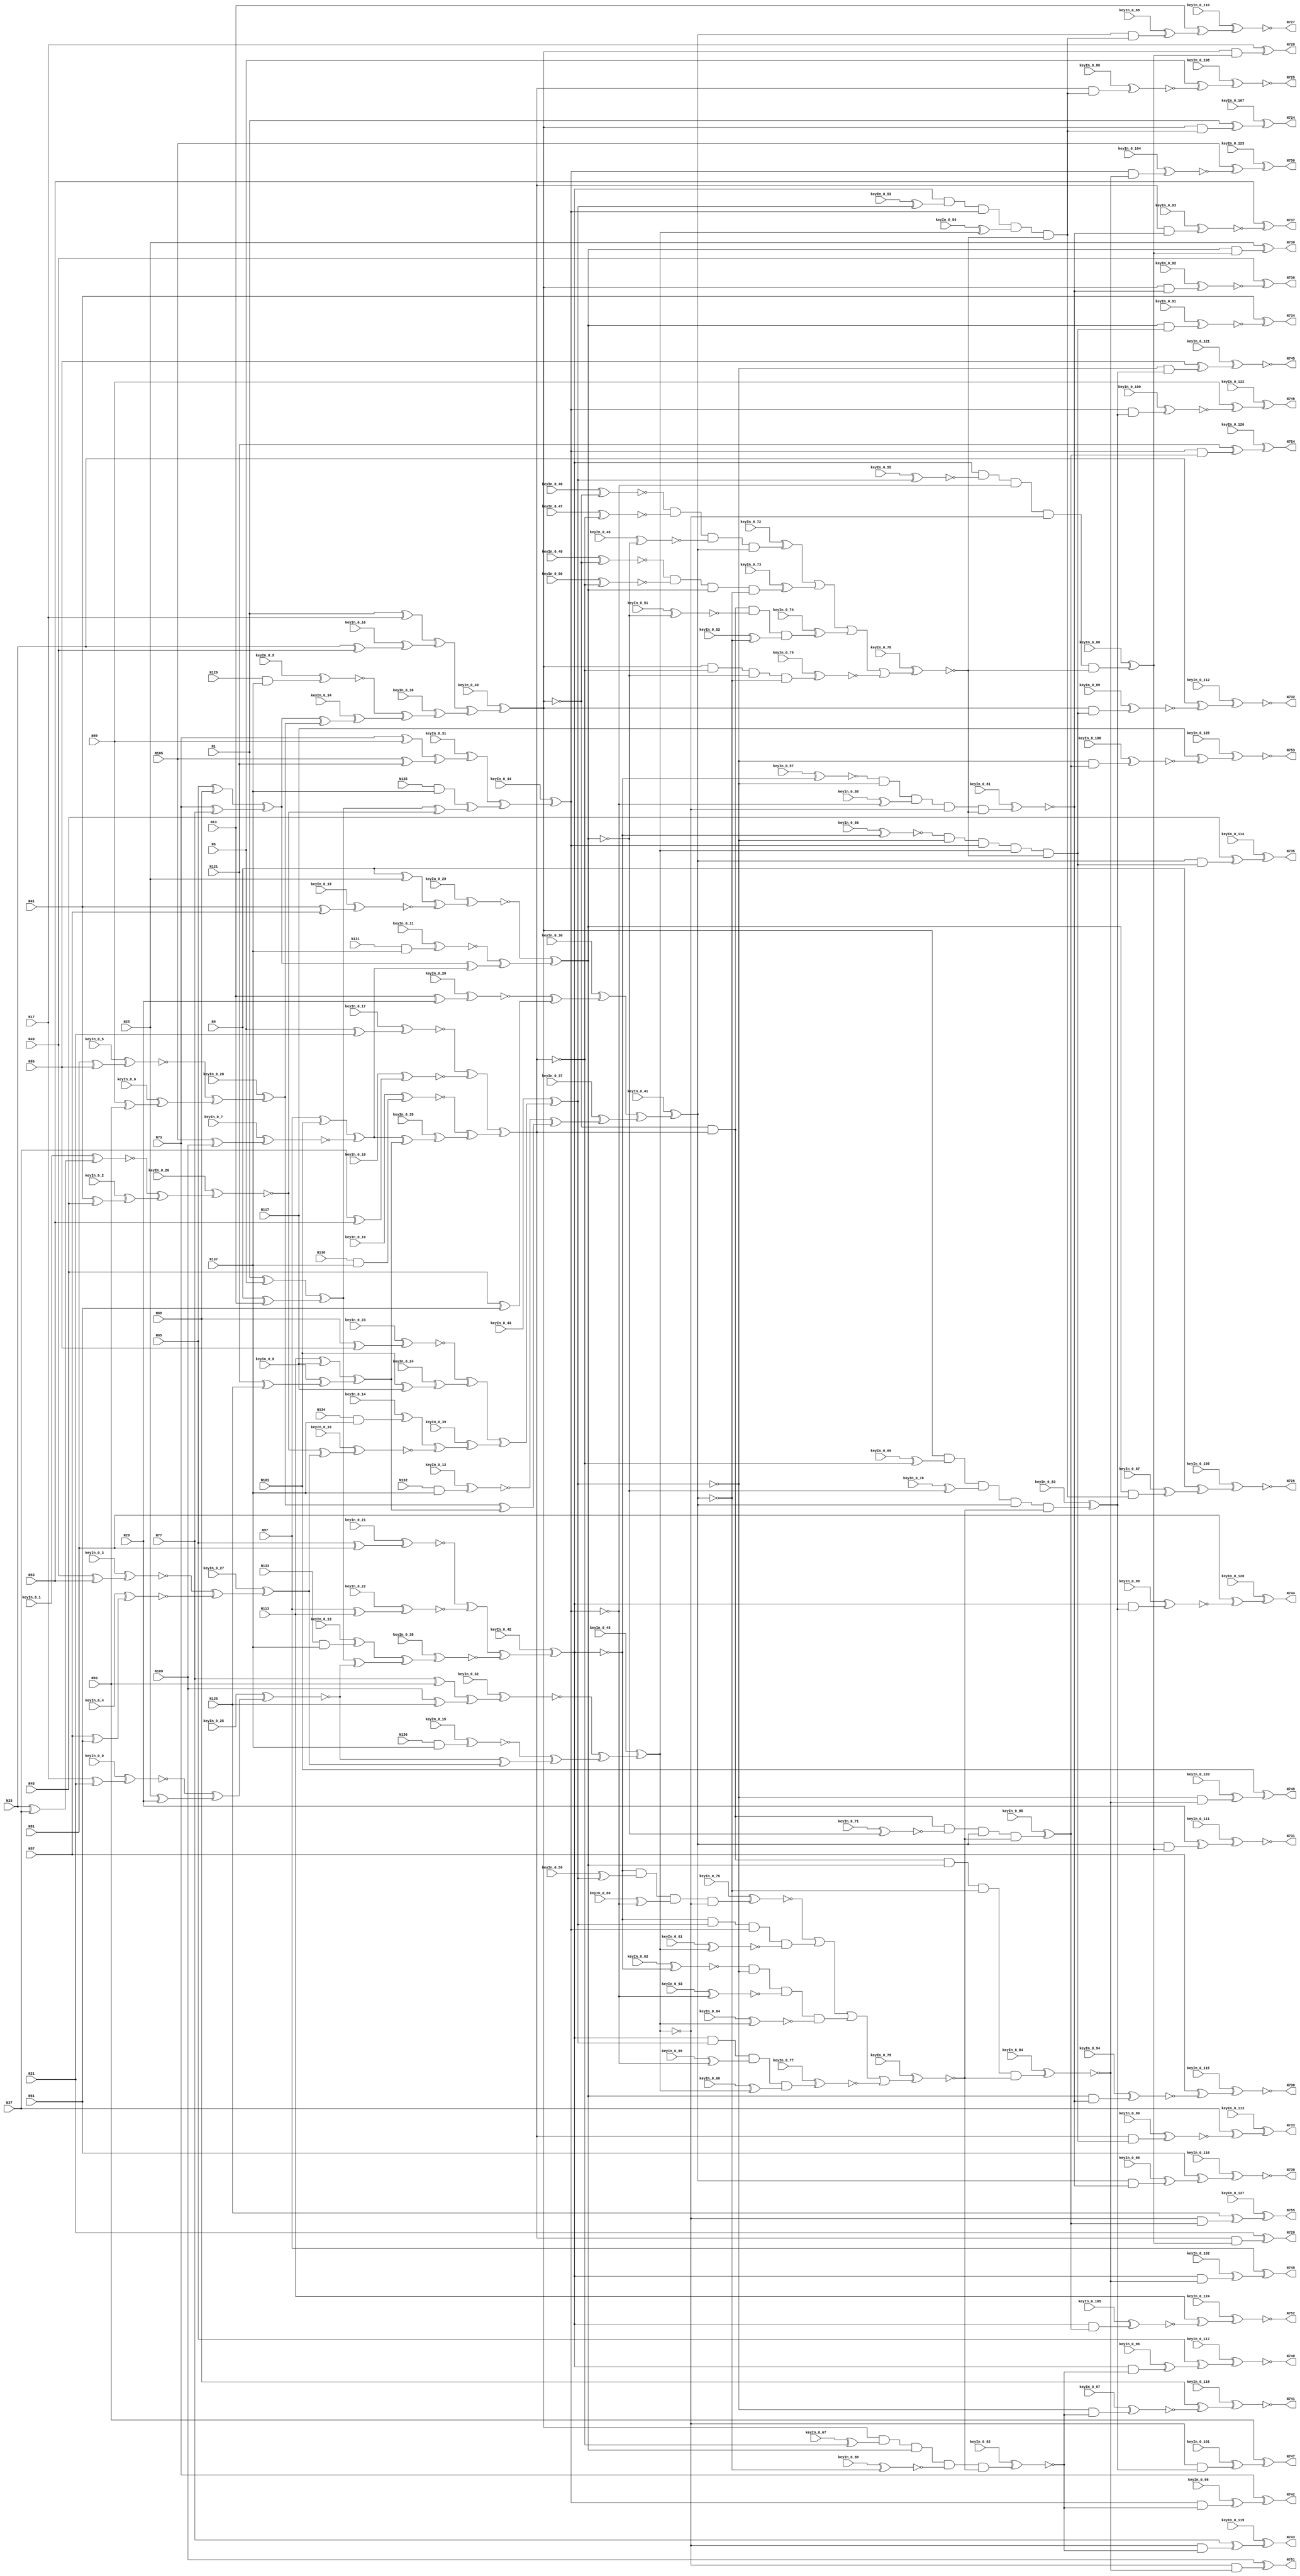
`timescale 1ns / 1ps
// Verilog
// c499
// Ninputs 41
// Noutputs 32
// NtotalGates 202
// XOR2 104
// AND2 40
// NOT1 40
// AND4 8
// OR4 2
// AND5 8

module top (N1,N5,N9,N13,N17,N21,N25,N29,N33,N37,
             N41,N45,N49,N53,N57,N61,N65,N69,N73,N77,
             N81,N85,N89,N93,N97,N101,N105,N109,N113,N117,
             N121,N125,N129,N130,N131,N132,N133,N134,N135,N136,
             N137,N724,N725,N726,N727,N728,N729,N730,N731,N732,
             N733,N734,N735,N736,N737,N738,N739,N740,N741,N742,
             N743,N744,N745,N746,N747,N748,N749,N750,N751,N752,
                  N753,N754,N755,
        keyIn_0_0, keyIn_0_1, keyIn_0_2, keyIn_0_3, keyIn_0_4,
        keyIn_0_5, keyIn_0_6, keyIn_0_7, keyIn_0_8, keyIn_0_9,
        keyIn_0_10, keyIn_0_11, keyIn_0_12, keyIn_0_13, keyIn_0_14,
        keyIn_0_15, keyIn_0_16, keyIn_0_17, keyIn_0_18, keyIn_0_19,
        keyIn_0_20, keyIn_0_21, keyIn_0_22, keyIn_0_23, keyIn_0_24,
        keyIn_0_25, keyIn_0_26, keyIn_0_27, keyIn_0_28, keyIn_0_29,
        keyIn_0_30, keyIn_0_31, keyIn_0_32, keyIn_0_33, keyIn_0_34,
        keyIn_0_35, keyIn_0_36, keyIn_0_37, keyIn_0_38, keyIn_0_39,
        keyIn_0_40, keyIn_0_41, keyIn_0_42, keyIn_0_43, keyIn_0_44,
        keyIn_0_45, keyIn_0_46, keyIn_0_47, keyIn_0_48, keyIn_0_49,
        keyIn_0_50, keyIn_0_51, keyIn_0_52, keyIn_0_53, keyIn_0_54,
        keyIn_0_55, keyIn_0_56, keyIn_0_57, keyIn_0_58, keyIn_0_59,
        keyIn_0_60, keyIn_0_61, keyIn_0_62, keyIn_0_63, keyIn_0_64,
        keyIn_0_65, keyIn_0_66, keyIn_0_67, keyIn_0_68, keyIn_0_69,
        keyIn_0_70, keyIn_0_71, keyIn_0_72, keyIn_0_73, keyIn_0_74,
        keyIn_0_75, keyIn_0_76, keyIn_0_77, keyIn_0_78, keyIn_0_79,
        keyIn_0_80, keyIn_0_81, keyIn_0_82, keyIn_0_83, keyIn_0_84,
        keyIn_0_85, keyIn_0_86, keyIn_0_87, keyIn_0_88, keyIn_0_89,
        keyIn_0_90, keyIn_0_91, keyIn_0_92, keyIn_0_93, keyIn_0_94,
        keyIn_0_95, keyIn_0_96, keyIn_0_97, keyIn_0_98, keyIn_0_99,
        keyIn_0_100, keyIn_0_101, keyIn_0_102, keyIn_0_103, keyIn_0_104,
        keyIn_0_105, keyIn_0_106, keyIn_0_107, keyIn_0_108, keyIn_0_109,
        keyIn_0_110, keyIn_0_111, keyIn_0_112, keyIn_0_113, keyIn_0_114,
        keyIn_0_115, keyIn_0_116, keyIn_0_117, keyIn_0_118, keyIn_0_119,
        keyIn_0_120, keyIn_0_121, keyIn_0_122, keyIn_0_123, keyIn_0_124,
        keyIn_0_125, keyIn_0_126, keyIn_0_127);

  input keyIn_0_0, keyIn_0_1, keyIn_0_2, keyIn_0_3, keyIn_0_4;
  input keyIn_0_5, keyIn_0_6, keyIn_0_7, keyIn_0_8, keyIn_0_9;
  input keyIn_0_10, keyIn_0_11, keyIn_0_12, keyIn_0_13, keyIn_0_14;
  input keyIn_0_15, keyIn_0_16, keyIn_0_17, keyIn_0_18, keyIn_0_19;
  input keyIn_0_20, keyIn_0_21, keyIn_0_22, keyIn_0_23, keyIn_0_24;
  input keyIn_0_25, keyIn_0_26, keyIn_0_27, keyIn_0_28, keyIn_0_29;
  input keyIn_0_30, keyIn_0_31, keyIn_0_32, keyIn_0_33, keyIn_0_34;
  input keyIn_0_35, keyIn_0_36, keyIn_0_37, keyIn_0_38, keyIn_0_39;
  input keyIn_0_40, keyIn_0_41, keyIn_0_42, keyIn_0_43, keyIn_0_44;
  input keyIn_0_45, keyIn_0_46, keyIn_0_47, keyIn_0_48, keyIn_0_49;
  input keyIn_0_50, keyIn_0_51, keyIn_0_52, keyIn_0_53, keyIn_0_54;
  input keyIn_0_55, keyIn_0_56, keyIn_0_57, keyIn_0_58, keyIn_0_59;
  input keyIn_0_60, keyIn_0_61, keyIn_0_62, keyIn_0_63, keyIn_0_64;
  input keyIn_0_65, keyIn_0_66, keyIn_0_67, keyIn_0_68, keyIn_0_69;
  input keyIn_0_70, keyIn_0_71, keyIn_0_72, keyIn_0_73, keyIn_0_74;
  input keyIn_0_75, keyIn_0_76, keyIn_0_77, keyIn_0_78, keyIn_0_79;
  input keyIn_0_80, keyIn_0_81, keyIn_0_82, keyIn_0_83, keyIn_0_84;
  input keyIn_0_85, keyIn_0_86, keyIn_0_87, keyIn_0_88, keyIn_0_89;
  input keyIn_0_90, keyIn_0_91, keyIn_0_92, keyIn_0_93, keyIn_0_94;
  input keyIn_0_95, keyIn_0_96, keyIn_0_97, keyIn_0_98, keyIn_0_99;
  input keyIn_0_100, keyIn_0_101, keyIn_0_102, keyIn_0_103, keyIn_0_104;
  input keyIn_0_105, keyIn_0_106, keyIn_0_107, keyIn_0_108, keyIn_0_109;
  input keyIn_0_110, keyIn_0_111, keyIn_0_112, keyIn_0_113, keyIn_0_114;
  input keyIn_0_115, keyIn_0_116, keyIn_0_117, keyIn_0_118, keyIn_0_119;
  input keyIn_0_120, keyIn_0_121, keyIn_0_122, keyIn_0_123, keyIn_0_124;
  input keyIn_0_125, keyIn_0_126, keyIn_0_127;

  wire [0:127] KeyWire_0;
  wire [0:59] KeyNOTWire_0;

input N1,N5,N9,N13,N17,N21,N25,N29,N33,N37,
      N41,N45,N49,N53,N57,N61,N65,N69,N73,N77,
      N81,N85,N89,N93,N97,N101,N105,N109,N113,N117,
      N121,N125,N129,N130,N131,N132,N133,N134,N135,N136,
      N137;

output N724,N725,N726,N727,N728,N729,N730,N731,N732,N733,
       N734,N735,N736,N737,N738,N739,N740,N741,N742,N743,
       N744,N745,N746,N747,N748,N749,N750,N751,N752,N753,
       N754,N755;

wire N250,N251,N252,N253,N254,N255,N256,N257,N258,N259,
     N260,N261,N262,N263,N264,N265,N266,N267,N268,N269,
     N270,N271,N272,N273,N274,N275,N276,N277,N278,N279,
     N280,N281,N282,N283,N284,N285,N286,N287,N288,N289,
     N290,N293,N296,N299,N302,N305,N308,N311,N314,N315,
     N316,N317,N318,N319,N320,N321,N338,N339,N340,N341,
     N342,N343,N344,N345,N346,N347,N348,N349,N350,N351,
     N352,N353,N354,N367,N380,N393,N406,N419,N432,N445,
     N554,N555,N556,N557,N558,N559,N560,N561,N562,N563,
     N564,N565,N566,N567,N568,N569,N570,N571,N572,N573,
     N574,N575,N576,N577,N578,N579,N580,N581,N582,N583,
     N584,N585,N586,N587,N588,N589,N590,N591,N592,N593,
     N594,N595,N596,N597,N598,N599,N600,N601,N602,N607,
     N620,N625,N630,N635,N640,N645,N650,N655,N692,N693,
     N694,N695,N696,N697,N698,N699,N700,N701,N702,N703,
     N704,N705,N706,N707,N708,N709,N710,N711,N712,N713,
     N714,N715,N716,N717,N718,N719,N720,N721,N722,N723;

xor XOR2_1 (N250, N1, N5);
xor XOR2_2 (N251, N9, N13);
  xor XOR2_3 (KeyWire_0[0], N17, N21);
  xnor KeyGate_0_0(N252, keyIn_0_0, KeyWire_0[0]);
xor XOR2_4 (N253, N25, N29);
  xor XOR2_5 (KeyWire_0[1], N33, N37);
  xor KeyGate_0_1(KeyNOTWire_0[0], keyIn_0_1, KeyWire_0[1]);
  not KeyNOTGate_0_0(N254, KeyNOTWire_0[0]);
  xor XOR2_6 (KeyWire_0[2], N41, N45);
  xor KeyGate_0_2(N255, keyIn_0_2, KeyWire_0[2]);
  xor XOR2_7 (KeyWire_0[3], N49, N53);
  xor KeyGate_0_3(KeyNOTWire_0[1], keyIn_0_3, KeyWire_0[3]);
  not KeyNOTGate_0_1(N256, KeyNOTWire_0[1]);
  xor XOR2_8 (KeyWire_0[4], N57, N61);
  xnor KeyGate_0_4(N257, keyIn_0_4, KeyWire_0[4]);
xor XOR2_9 (N258, N65, N69);
xor XOR2_10 (N259, N73, N77);
  xor XOR2_11 (KeyWire_0[5], N81, N85);
  xnor KeyGate_0_5(N260, keyIn_0_5, KeyWire_0[5]);
  xor XOR2_12 (KeyWire_0[6], N89, N93);
  xor KeyGate_0_6(N261, keyIn_0_6, KeyWire_0[6]);
xor XOR2_13 (N262, N97, N101);
  xor XOR2_14 (KeyWire_0[7], N105, N109);
  xor KeyGate_0_7(KeyNOTWire_0[2], keyIn_0_7, KeyWire_0[7]);
  not KeyNOTGate_0_2(N263, KeyNOTWire_0[2]);
xor XOR2_15 (N264, N113, N117);
  xor XOR2_16 (KeyWire_0[8], N121, N125);
  xor KeyGate_0_8(N265, keyIn_0_8, KeyWire_0[8]);
  and AND2_17 (KeyWire_0[9], N129, N137);
  xor KeyGate_0_9(KeyNOTWire_0[3], keyIn_0_9, KeyWire_0[9]);
  not KeyNOTGate_0_3(N266, KeyNOTWire_0[3]);
  and AND2_18 (KeyWire_0[10], N130, N137);
  xnor KeyGate_0_10(N267, keyIn_0_10, KeyWire_0[10]);
  and AND2_19 (KeyWire_0[11], N131, N137);
  xor KeyGate_0_11(KeyNOTWire_0[4], keyIn_0_11, KeyWire_0[11]);
  not KeyNOTGate_0_4(N268, KeyNOTWire_0[4]);
  and AND2_20 (KeyWire_0[12], N132, N137);
  xor KeyGate_0_12(KeyNOTWire_0[5], keyIn_0_12, KeyWire_0[12]);
  not KeyNOTGate_0_5(N269, KeyNOTWire_0[5]);
  and AND2_21 (KeyWire_0[13], N133, N137);
  xnor KeyGate_0_13(KeyNOTWire_0[6], keyIn_0_13, KeyWire_0[13]);
  not KeyNOTGate_0_6(N270, KeyNOTWire_0[6]);
  and AND2_22 (KeyWire_0[14], N134, N137);
  xnor KeyGate_0_14(KeyNOTWire_0[7], keyIn_0_14, KeyWire_0[14]);
  not KeyNOTGate_0_7(N271, KeyNOTWire_0[7]);
and AND2_23 (N272, N135, N137);
  and AND2_24 (KeyWire_0[15], N136, N137);
  xnor KeyGate_0_15(N273, keyIn_0_15, KeyWire_0[15]);
xor XOR2_25 (N274, N1, N17);
  xor XOR2_26 (KeyWire_0[16], N33, N49);
  xnor KeyGate_0_16(KeyNOTWire_0[8], keyIn_0_16, KeyWire_0[16]);
  not KeyNOTGate_0_8(N275, KeyNOTWire_0[8]);
  xor XOR2_27 (KeyWire_0[17], N5, N21);
  xnor KeyGate_0_17(N276, keyIn_0_17, KeyWire_0[17]);
  xor XOR2_28 (KeyWire_0[18], N37, N53);
  xnor KeyGate_0_18(N277, keyIn_0_18, KeyWire_0[18]);
xor XOR2_29 (N278, N9, N25);
  xor XOR2_30 (KeyWire_0[19], N41, N57);
  xnor KeyGate_0_19(N279, keyIn_0_19, KeyWire_0[19]);
  xor XOR2_31 (KeyWire_0[20], N13, N29);
  xnor KeyGate_0_20(N280, keyIn_0_20, KeyWire_0[20]);
xor XOR2_32 (N281, N45, N61);
  xor XOR2_33 (KeyWire_0[21], N65, N81);
  xor KeyGate_0_21(KeyNOTWire_0[9], keyIn_0_21, KeyWire_0[21]);
  not KeyNOTGate_0_9(N282, KeyNOTWire_0[9]);
  xor XOR2_34 (KeyWire_0[22], N97, N113);
  xnor KeyGate_0_22(N283, keyIn_0_22, KeyWire_0[22]);
  xor XOR2_35 (KeyWire_0[23], N69, N85);
  xor KeyGate_0_23(KeyNOTWire_0[10], keyIn_0_23, KeyWire_0[23]);
  not KeyNOTGate_0_10(N284, KeyNOTWire_0[10]);
  xor XOR2_36 (KeyWire_0[24], N101, N117);
  xor KeyGate_0_24(N285, keyIn_0_24, KeyWire_0[24]);
xor XOR2_37 (N286, N73, N89);
xor XOR2_38 (N287, N105, N121);
xor XOR2_39 (N288, N77, N93);
xor XOR2_40 (N289, N109, N125);
xor XOR2_41 (N290, N250, N251);
  xor XOR2_42 (KeyWire_0[25], N252, N253);
  xor KeyGate_0_25(KeyNOTWire_0[11], keyIn_0_25, KeyWire_0[25]);
  not KeyNOTGate_0_11(N293, KeyNOTWire_0[11]);
  xor XOR2_43 (KeyWire_0[26], N254, N255);
  xnor KeyGate_0_26(N296, keyIn_0_26, KeyWire_0[26]);
  xor XOR2_44 (KeyWire_0[27], N256, N257);
  xor KeyGate_0_27(N299, keyIn_0_27, KeyWire_0[27]);
xor XOR2_45 (N302, N258, N259);
  xor XOR2_46 (KeyWire_0[28], N260, N261);
  xnor KeyGate_0_28(KeyNOTWire_0[12], keyIn_0_28, KeyWire_0[28]);
  not KeyNOTGate_0_12(N305, KeyNOTWire_0[12]);
xor XOR2_47 (N308, N262, N263);
xor XOR2_48 (N311, N264, N265);
xor XOR2_49 (N314, N274, N275);
xor XOR2_50 (N315, N276, N277);
  xor XOR2_51 (KeyWire_0[29], N278, N279);
  xor KeyGate_0_29(KeyNOTWire_0[13], keyIn_0_29, KeyWire_0[29]);
  not KeyNOTGate_0_13(N316, KeyNOTWire_0[13]);
  xor XOR2_52 (KeyWire_0[30], N280, N281);
  xnor KeyGate_0_30(KeyNOTWire_0[14], keyIn_0_30, KeyWire_0[30]);
  not KeyNOTGate_0_14(N317, KeyNOTWire_0[14]);
xor XOR2_53 (N318, N282, N283);
xor XOR2_54 (N319, N284, N285);
  xor XOR2_55 (KeyWire_0[31], N286, N287);
  xor KeyGate_0_31(N320, keyIn_0_31, KeyWire_0[31]);
  xor XOR2_56 (KeyWire_0[32], N288, N289);
  xor KeyGate_0_32(KeyNOTWire_0[15], keyIn_0_32, KeyWire_0[32]);
  not KeyNOTGate_0_15(N321, KeyNOTWire_0[15]);
xor XOR2_57 (N338, N290, N293);
  xor XOR2_58 (KeyWire_0[33], N296, N299);
  xnor KeyGate_0_33(N339, keyIn_0_33, KeyWire_0[33]);
xor XOR2_59 (N340, N290, N296);
xor XOR2_60 (N341, N293, N299);
  xor XOR2_61 (KeyWire_0[34], N302, N305);
  xnor KeyGate_0_34(KeyNOTWire_0[16], keyIn_0_34, KeyWire_0[34]);
  not KeyNOTGate_0_16(N342, KeyNOTWire_0[16]);
  xor XOR2_62 (KeyWire_0[35], N308, N311);
  xor KeyGate_0_35(N343, keyIn_0_35, KeyWire_0[35]);
xor XOR2_63 (N344, N302, N308);
xor XOR2_64 (N345, N305, N311);
  xor XOR2_65 (KeyWire_0[36], N266, N342);
  xor KeyGate_0_36(N346, keyIn_0_36, KeyWire_0[36]);
xor XOR2_66 (N347, N267, N343);
xor XOR2_67 (N348, N268, N344);
  xor XOR2_68 (KeyWire_0[37], N269, N345);
  xnor KeyGate_0_37(KeyNOTWire_0[17], keyIn_0_37, KeyWire_0[37]);
  not KeyNOTGate_0_17(N349, KeyNOTWire_0[17]);
  xor XOR2_69 (KeyWire_0[38], N270, N338);
  xor KeyGate_0_38(KeyNOTWire_0[18], keyIn_0_38, KeyWire_0[38]);
  not KeyNOTGate_0_18(N350, KeyNOTWire_0[18]);
  xor XOR2_70 (KeyWire_0[39], N271, N339);
  xor KeyGate_0_39(N351, keyIn_0_39, KeyWire_0[39]);
xor XOR2_71 (N352, N272, N340);
xor XOR2_72 (N353, N273, N341);
  xor XOR2_73 (KeyWire_0[40], N314, N346);
  xnor KeyGate_0_40(KeyNOTWire_0[19], keyIn_0_40, KeyWire_0[40]);
  not KeyNOTGate_0_19(N354, KeyNOTWire_0[19]);
xor XOR2_74 (N367, N315, N347);
xor XOR2_75 (N380, N316, N348);
  xor XOR2_76 (KeyWire_0[41], N317, N349);
  xnor KeyGate_0_41(KeyNOTWire_0[20], keyIn_0_41, KeyWire_0[41]);
  not KeyNOTGate_0_20(N393, KeyNOTWire_0[20]);
  xor XOR2_77 (KeyWire_0[42], N318, N350);
  xnor KeyGate_0_42(KeyNOTWire_0[21], keyIn_0_42, KeyWire_0[42]);
  not KeyNOTGate_0_21(N406, KeyNOTWire_0[21]);
  xor XOR2_78 (KeyWire_0[43], N319, N351);
  xor KeyGate_0_43(KeyNOTWire_0[22], keyIn_0_43, KeyWire_0[43]);
  not KeyNOTGate_0_22(N419, KeyNOTWire_0[22]);
  xor XOR2_79 (KeyWire_0[44], N320, N352);
  xor KeyGate_0_44(N432, keyIn_0_44, KeyWire_0[44]);
  xor XOR2_80 (KeyWire_0[45], N321, N353);
  xnor KeyGate_0_45(N445, keyIn_0_45, KeyWire_0[45]);
  not NOT1_81 (KeyWire_0[46], N354);
  xnor KeyGate_0_46(N554, keyIn_0_46, KeyWire_0[46]);
  not NOT1_82 (KeyWire_0[47], N367);
  xnor KeyGate_0_47(N555, keyIn_0_47, KeyWire_0[47]);
  not NOT1_83 (KeyWire_0[48], N380);
  xnor KeyGate_0_48(N556, keyIn_0_48, KeyWire_0[48]);
  not NOT1_84 (KeyWire_0[49], N354);
  xnor KeyGate_0_49(N557, keyIn_0_49, KeyWire_0[49]);
  not NOT1_85 (KeyWire_0[50], N367);
  xnor KeyGate_0_50(N558, keyIn_0_50, KeyWire_0[50]);
not NOT1_86 (N559, N393);
not NOT1_87 (N560, N354);
  not NOT1_88 (KeyWire_0[51], N380);
  xnor KeyGate_0_51(N561, keyIn_0_51, KeyWire_0[51]);
  not NOT1_89 (KeyWire_0[52], N393);
  xnor KeyGate_0_52(KeyNOTWire_0[23], keyIn_0_52, KeyWire_0[52]);
  not KeyNOTGate_0_23(N562, KeyNOTWire_0[23]);
not NOT1_90 (N563, N367);
not NOT1_91 (N564, N380);
not NOT1_92 (N565, N393);
  not NOT1_93 (KeyWire_0[53], N419);
  xor KeyGate_0_53(N566, keyIn_0_53, KeyWire_0[53]);
  not NOT1_94 (KeyWire_0[54], N445);
  xnor KeyGate_0_54(KeyNOTWire_0[24], keyIn_0_54, KeyWire_0[54]);
  not KeyNOTGate_0_24(N567, KeyNOTWire_0[24]);
  not NOT1_95 (KeyWire_0[55], N419);
  xnor KeyGate_0_55(N568, keyIn_0_55, KeyWire_0[55]);
not NOT1_96 (N569, N432);
  not NOT1_97 (KeyWire_0[56], N406);
  xor KeyGate_0_56(KeyNOTWire_0[25], keyIn_0_56, KeyWire_0[56]);
  not KeyNOTGate_0_25(N570, KeyNOTWire_0[25]);
not NOT1_98 (N571, N445);
  not NOT1_99 (KeyWire_0[57], N406);
  xnor KeyGate_0_57(N572, keyIn_0_57, KeyWire_0[57]);
  not NOT1_100 (KeyWire_0[58], N432);
  xor KeyGate_0_58(N573, keyIn_0_58, KeyWire_0[58]);
not NOT1_101 (N574, N406);
  not NOT1_102 (KeyWire_0[59], N419);
  xnor KeyGate_0_59(KeyNOTWire_0[26], keyIn_0_59, KeyWire_0[59]);
  not KeyNOTGate_0_26(N575, KeyNOTWire_0[26]);
  not NOT1_103 (KeyWire_0[60], N432);
  xor KeyGate_0_60(N576, keyIn_0_60, KeyWire_0[60]);
not NOT1_104 (N577, N406);
not NOT1_105 (N578, N419);
  not NOT1_106 (KeyWire_0[61], N445);
  xor KeyGate_0_61(KeyNOTWire_0[27], keyIn_0_61, KeyWire_0[61]);
  not KeyNOTGate_0_27(N579, KeyNOTWire_0[27]);
  not NOT1_107 (KeyWire_0[62], N406);
  xor KeyGate_0_62(KeyNOTWire_0[28], keyIn_0_62, KeyWire_0[62]);
  not KeyNOTGate_0_28(N580, KeyNOTWire_0[28]);
  not NOT1_108 (KeyWire_0[63], N432);
  xor KeyGate_0_63(KeyNOTWire_0[29], keyIn_0_63, KeyWire_0[63]);
  not KeyNOTGate_0_29(N581, KeyNOTWire_0[29]);
  not NOT1_109 (KeyWire_0[64], N445);
  xor KeyGate_0_64(KeyNOTWire_0[30], keyIn_0_64, KeyWire_0[64]);
  not KeyNOTGate_0_30(N582, KeyNOTWire_0[30]);
not NOT1_110 (N583, N419);
  not NOT1_111 (KeyWire_0[65], N432);
  xnor KeyGate_0_65(KeyNOTWire_0[31], keyIn_0_65, KeyWire_0[65]);
  not KeyNOTGate_0_31(N584, KeyNOTWire_0[31]);
  not NOT1_112 (KeyWire_0[66], N445);
  xor KeyGate_0_66(N585, keyIn_0_66, KeyWire_0[66]);
  not NOT1_113 (KeyWire_0[67], N367);
  xnor KeyGate_0_67(KeyNOTWire_0[32], keyIn_0_67, KeyWire_0[67]);
  not KeyNOTGate_0_32(N586, KeyNOTWire_0[32]);
  not NOT1_114 (KeyWire_0[68], N393);
  xor KeyGate_0_68(KeyNOTWire_0[33], keyIn_0_68, KeyWire_0[68]);
  not KeyNOTGate_0_33(N587, KeyNOTWire_0[33]);
  not NOT1_115 (KeyWire_0[69], N367);
  xor KeyGate_0_69(N588, keyIn_0_69, KeyWire_0[69]);
  not NOT1_116 (KeyWire_0[70], N380);
  xor KeyGate_0_70(N589, keyIn_0_70, KeyWire_0[70]);
not NOT1_117 (N590, N354);
not NOT1_118 (N591, N393);
not NOT1_119 (N592, N354);
  not NOT1_120 (KeyWire_0[71], N380);
  xnor KeyGate_0_71(N593, keyIn_0_71, KeyWire_0[71]);
  and AND4_121 (KeyWire_0[72], N554, N555, N556, N393);
  xnor KeyGate_0_72(KeyNOTWire_0[34], keyIn_0_72, KeyWire_0[72]);
  not KeyNOTGate_0_34(N594, KeyNOTWire_0[34]);
  and AND4_122 (KeyWire_0[73], N557, N558, N380, N559);
  xnor KeyGate_0_73(KeyNOTWire_0[35], keyIn_0_73, KeyWire_0[73]);
  not KeyNOTGate_0_35(N595, KeyNOTWire_0[35]);
  and AND4_123 (KeyWire_0[74], N560, N367, N561, N562);
  xor KeyGate_0_74(N596, keyIn_0_74, KeyWire_0[74]);
  and AND4_124 (KeyWire_0[75], N354, N563, N564, N565);
  xor KeyGate_0_75(KeyNOTWire_0[36], keyIn_0_75, KeyWire_0[75]);
  not KeyNOTGate_0_36(N597, KeyNOTWire_0[36]);
  and AND4_125 (KeyWire_0[76], N574, N575, N576, N445);
  xor KeyGate_0_76(KeyNOTWire_0[37], keyIn_0_76, KeyWire_0[76]);
  not KeyNOTGate_0_37(N598, KeyNOTWire_0[37]);
and AND4_126 (N599, N577, N578, N432, N579);
and AND4_127 (N600, N580, N419, N581, N582);
  and AND4_128 (KeyWire_0[77], N406, N583, N584, N585);
  xnor KeyGate_0_77(N601, keyIn_0_77, KeyWire_0[77]);
  or OR4_129 (KeyWire_0[78], N594, N595, N596, N597);
  xnor KeyGate_0_78(N602, keyIn_0_78, KeyWire_0[78]);
  or OR4_130 (KeyWire_0[79], N598, N599, N600, N601);
  xnor KeyGate_0_79(N607, keyIn_0_79, KeyWire_0[79]);
and AND5_131 (N620, N406, N566, N432, N567, N602);
  and AND5_132 (KeyWire_0[80], N406, N568, N569, N445, N602);
  xor KeyGate_0_80(N625, keyIn_0_80, KeyWire_0[80]);
and AND5_133 (N630, N570, N419, N432, N571, N602);
  and AND5_134 (KeyWire_0[81], N572, N419, N573, N445, N602);
  xor KeyGate_0_81(KeyNOTWire_0[38], keyIn_0_81, KeyWire_0[81]);
  not KeyNOTGate_0_38(N635, KeyNOTWire_0[38]);
  and AND5_135 (KeyWire_0[82], N354, N586, N380, N587, N607);
  xor KeyGate_0_82(KeyNOTWire_0[39], keyIn_0_82, KeyWire_0[82]);
  not KeyNOTGate_0_39(N640, KeyNOTWire_0[39]);
  and AND5_136 (KeyWire_0[83], N354, N588, N589, N393, N607);
  xor KeyGate_0_83(N645, keyIn_0_83, KeyWire_0[83]);
  and AND5_137 (KeyWire_0[84], N590, N367, N380, N591, N607);
  xnor KeyGate_0_84(N650, keyIn_0_84, KeyWire_0[84]);
  and AND5_138 (KeyWire_0[85], N592, N367, N593, N393, N607);
  xnor KeyGate_0_85(KeyNOTWire_0[40], keyIn_0_85, KeyWire_0[85]);
  not KeyNOTGate_0_40(N655, KeyNOTWire_0[40]);
and AND2_139 (N692, N354, N620);
  and AND2_140 (KeyWire_0[86], N367, N620);
  xor KeyGate_0_86(KeyNOTWire_0[41], keyIn_0_86, KeyWire_0[86]);
  not KeyNOTGate_0_41(N693, KeyNOTWire_0[41]);
  and AND2_141 (KeyWire_0[87], N380, N620);
  xnor KeyGate_0_87(KeyNOTWire_0[42], keyIn_0_87, KeyWire_0[87]);
  not KeyNOTGate_0_42(N694, KeyNOTWire_0[42]);
  and AND2_142 (KeyWire_0[88], N393, N620);
  xor KeyGate_0_88(N695, keyIn_0_88, KeyWire_0[88]);
and AND2_143 (N696, N354, N625);
and AND2_144 (N697, N367, N625);
and AND2_145 (N698, N380, N625);
and AND2_146 (N699, N393, N625);
  and AND2_147 (KeyWire_0[89], N354, N630);
  xnor KeyGate_0_89(N700, keyIn_0_89, KeyWire_0[89]);
  and AND2_148 (KeyWire_0[90], N367, N630);
  xnor KeyGate_0_90(N701, keyIn_0_90, KeyWire_0[90]);
  and AND2_149 (KeyWire_0[91], N380, N630);
  xnor KeyGate_0_91(N702, keyIn_0_91, KeyWire_0[91]);
and AND2_150 (N703, N393, N630);
  and AND2_151 (KeyWire_0[92], N354, N635);
  xor KeyGate_0_92(KeyNOTWire_0[43], keyIn_0_92, KeyWire_0[92]);
  not KeyNOTGate_0_43(N704, KeyNOTWire_0[43]);
  and AND2_152 (KeyWire_0[93], N367, N635);
  xor KeyGate_0_93(KeyNOTWire_0[44], keyIn_0_93, KeyWire_0[93]);
  not KeyNOTGate_0_44(N705, KeyNOTWire_0[44]);
  and AND2_153 (KeyWire_0[94], N380, N635);
  xor KeyGate_0_94(KeyNOTWire_0[45], keyIn_0_94, KeyWire_0[94]);
  not KeyNOTGate_0_45(N706, KeyNOTWire_0[45]);
  and AND2_154 (KeyWire_0[95], N393, N635);
  xor KeyGate_0_95(N707, keyIn_0_95, KeyWire_0[95]);
  and AND2_155 (KeyWire_0[96], N406, N640);
  xnor KeyGate_0_96(KeyNOTWire_0[46], keyIn_0_96, KeyWire_0[96]);
  not KeyNOTGate_0_46(N708, KeyNOTWire_0[46]);
  and AND2_156 (KeyWire_0[97], N419, N640);
  xnor KeyGate_0_97(N709, keyIn_0_97, KeyWire_0[97]);
  and AND2_157 (KeyWire_0[98], N432, N640);
  xor KeyGate_0_98(N710, keyIn_0_98, KeyWire_0[98]);
and AND2_158 (N711, N445, N640);
  and AND2_159 (KeyWire_0[99], N406, N645);
  xor KeyGate_0_99(KeyNOTWire_0[47], keyIn_0_99, KeyWire_0[99]);
  not KeyNOTGate_0_47(N712, KeyNOTWire_0[47]);
and AND2_160 (N713, N419, N645);
  and AND2_161 (KeyWire_0[100], N432, N645);
  xor KeyGate_0_100(KeyNOTWire_0[48], keyIn_0_100, KeyWire_0[100]);
  not KeyNOTGate_0_48(N714, KeyNOTWire_0[48]);
  and AND2_162 (KeyWire_0[101], N445, N645);
  xor KeyGate_0_101(N715, keyIn_0_101, KeyWire_0[101]);
  and AND2_163 (KeyWire_0[102], N406, N650);
  xor KeyGate_0_102(N716, keyIn_0_102, KeyWire_0[102]);
  and AND2_164 (KeyWire_0[103], N419, N650);
  xnor KeyGate_0_103(KeyNOTWire_0[49], keyIn_0_103, KeyWire_0[103]);
  not KeyNOTGate_0_49(N717, KeyNOTWire_0[49]);
  and AND2_165 (KeyWire_0[104], N432, N650);
  xnor KeyGate_0_104(N718, keyIn_0_104, KeyWire_0[104]);
and AND2_166 (N719, N445, N650);
  and AND2_167 (KeyWire_0[105], N406, N655);
  xnor KeyGate_0_105(N720, keyIn_0_105, KeyWire_0[105]);
  and AND2_168 (KeyWire_0[106], N419, N655);
  xnor KeyGate_0_106(N721, keyIn_0_106, KeyWire_0[106]);
and AND2_169 (N722, N432, N655);
and AND2_170 (N723, N445, N655);
  xor XOR2_171 (KeyWire_0[107], N1, N692);
  xnor KeyGate_0_107(KeyNOTWire_0[50], keyIn_0_107, KeyWire_0[107]);
  not KeyNOTGate_0_50(N724, KeyNOTWire_0[50]);
  xor XOR2_172 (KeyWire_0[108], N5, N693);
  xor KeyGate_0_108(KeyNOTWire_0[51], keyIn_0_108, KeyWire_0[108]);
  not KeyNOTGate_0_51(N725, KeyNOTWire_0[51]);
  xor XOR2_173 (KeyWire_0[109], N9, N694);
  xnor KeyGate_0_109(N726, keyIn_0_109, KeyWire_0[109]);
  xor XOR2_174 (KeyWire_0[110], N13, N695);
  xnor KeyGate_0_110(N727, keyIn_0_110, KeyWire_0[110]);
xor XOR2_175 (N728, N17, N696);
xor XOR2_176 (N729, N21, N697);
xor XOR2_177 (N730, N25, N698);
  xor XOR2_178 (KeyWire_0[111], N29, N699);
  xor KeyGate_0_111(KeyNOTWire_0[52], keyIn_0_111, KeyWire_0[111]);
  not KeyNOTGate_0_52(N731, KeyNOTWire_0[52]);
  xor XOR2_179 (KeyWire_0[112], N33, N700);
  xnor KeyGate_0_112(N732, keyIn_0_112, KeyWire_0[112]);
  xor XOR2_180 (KeyWire_0[113], N37, N701);
  xor KeyGate_0_113(N733, keyIn_0_113, KeyWire_0[113]);
xor XOR2_181 (N734, N41, N702);
  xor XOR2_182 (KeyWire_0[114], N45, N703);
  xor KeyGate_0_114(N735, keyIn_0_114, KeyWire_0[114]);
xor XOR2_183 (N736, N49, N704);
xor XOR2_184 (N737, N53, N705);
  xor XOR2_185 (KeyWire_0[115], N57, N706);
  xor KeyGate_0_115(KeyNOTWire_0[53], keyIn_0_115, KeyWire_0[115]);
  not KeyNOTGate_0_53(N738, KeyNOTWire_0[53]);
  xor XOR2_186 (KeyWire_0[116], N61, N707);
  xnor KeyGate_0_116(N739, keyIn_0_116, KeyWire_0[116]);
  xor XOR2_187 (KeyWire_0[117], N65, N708);
  xor KeyGate_0_117(KeyNOTWire_0[54], keyIn_0_117, KeyWire_0[117]);
  not KeyNOTGate_0_54(N740, KeyNOTWire_0[54]);
  xor XOR2_188 (KeyWire_0[118], N69, N709);
  xor KeyGate_0_118(KeyNOTWire_0[55], keyIn_0_118, KeyWire_0[118]);
  not KeyNOTGate_0_55(N741, KeyNOTWire_0[55]);
xor XOR2_189 (N742, N73, N710);
  xor XOR2_190 (KeyWire_0[119], N77, N711);
  xor KeyGate_0_119(N743, keyIn_0_119, KeyWire_0[119]);
  xor XOR2_191 (KeyWire_0[120], N81, N712);
  xor KeyGate_0_120(N744, keyIn_0_120, KeyWire_0[120]);
  xor XOR2_192 (KeyWire_0[121], N85, N713);
  xor KeyGate_0_121(KeyNOTWire_0[56], keyIn_0_121, KeyWire_0[121]);
  not KeyNOTGate_0_56(N745, KeyNOTWire_0[56]);
  xor XOR2_193 (KeyWire_0[122], N89, N714);
  xor KeyGate_0_122(N746, keyIn_0_122, KeyWire_0[122]);
xor XOR2_194 (N747, N93, N715);
xor XOR2_195 (N748, N97, N716);
xor XOR2_196 (N749, N101, N717);
  xor XOR2_197 (KeyWire_0[123], N105, N718);
  xor KeyGate_0_123(N750, keyIn_0_123, KeyWire_0[123]);
xor XOR2_198 (N751, N109, N719);
  xor XOR2_199 (KeyWire_0[124], N113, N720);
  xor KeyGate_0_124(KeyNOTWire_0[57], keyIn_0_124, KeyWire_0[124]);
  not KeyNOTGate_0_57(N752, KeyNOTWire_0[57]);
  xor XOR2_200 (KeyWire_0[125], N117, N721);
  xor KeyGate_0_125(KeyNOTWire_0[58], keyIn_0_125, KeyWire_0[125]);
  not KeyNOTGate_0_58(N753, KeyNOTWire_0[58]);
  xor XOR2_201 (KeyWire_0[126], N121, N722);
  xnor KeyGate_0_126(KeyNOTWire_0[59], keyIn_0_126, KeyWire_0[126]);
  not KeyNOTGate_0_59(N754, KeyNOTWire_0[59]);
  xor XOR2_202 (KeyWire_0[127], N125, N723);
  xor KeyGate_0_127(N755, keyIn_0_127, KeyWire_0[127]);

endmodule